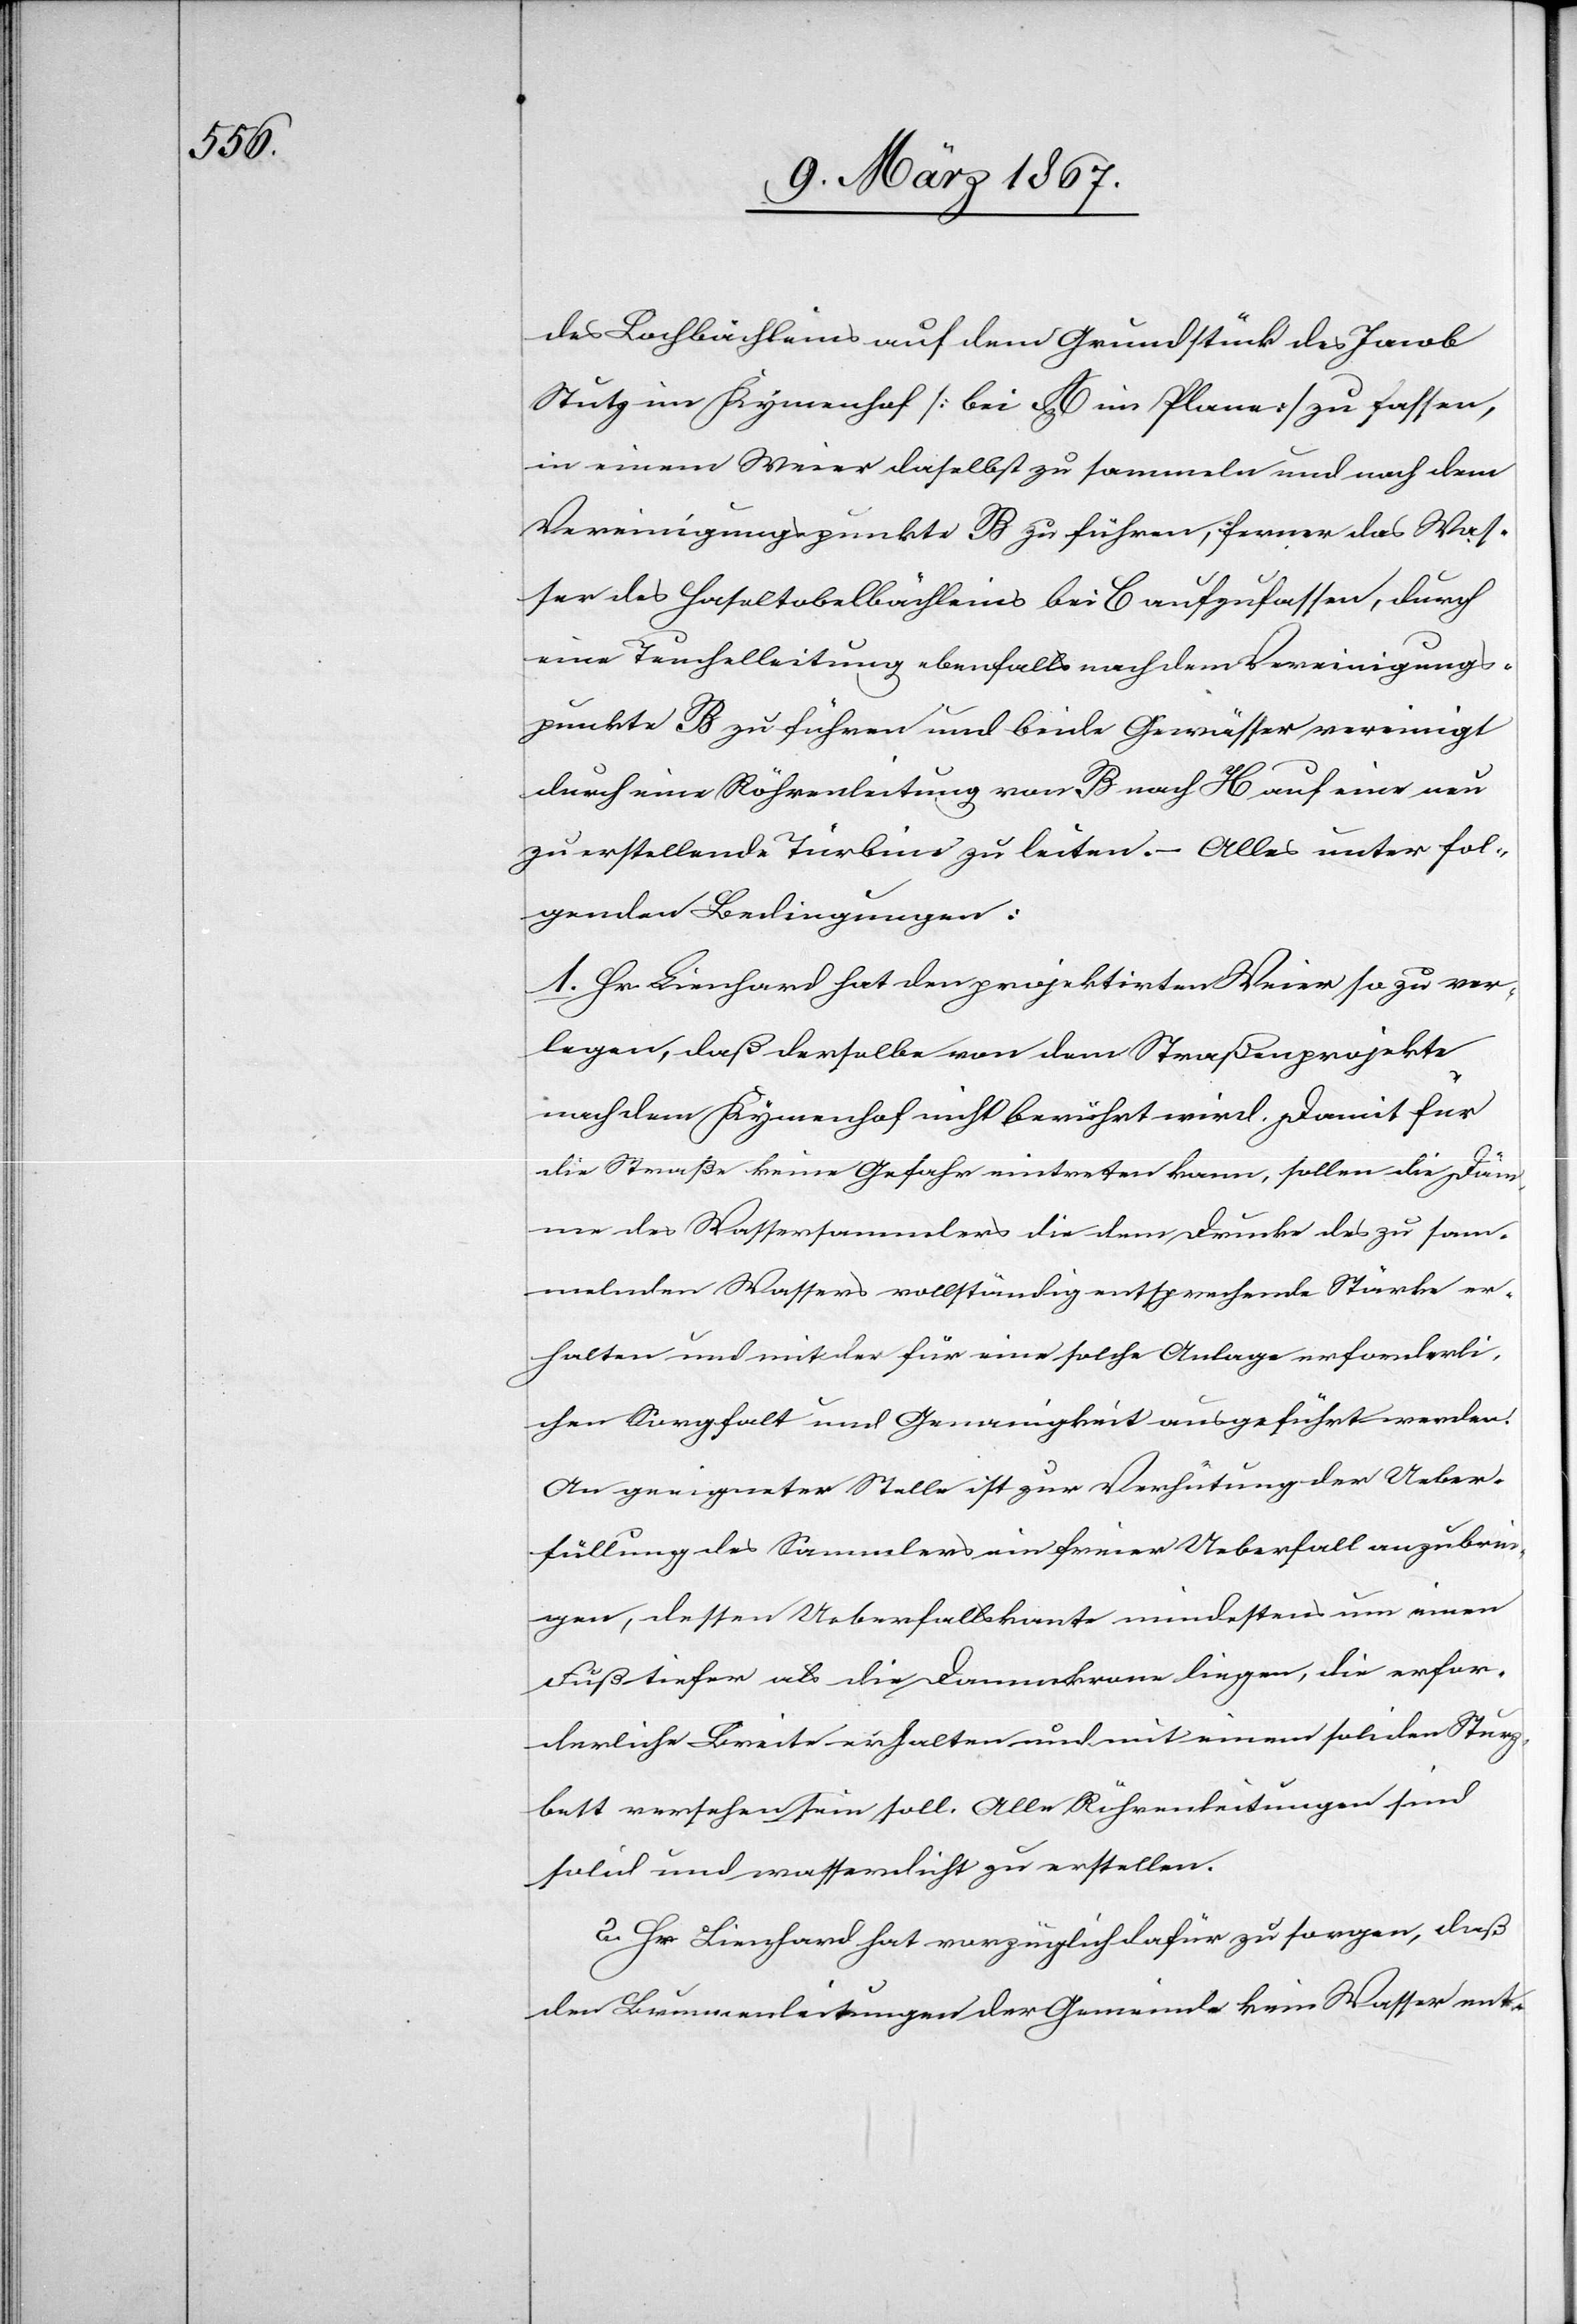
des Lochbächleins auf dem Grundstück des Jacob
Stutz im Kymenhof [bei A im Plane] zu fassen,
in einem Weier daselbst zu sammeln und nach dem
Vereinigungspunkte B zu führen; ferner das Was¬
ser des Haseltobelbächleins bei C aufzufassen, durch
eine Teuchelleitung ebenfalls nach dem Vereinigungs¬
punkte B zu führen und beide Gewässer vereinigt
durch eine Röhrenleitung von B nach H auf eine neu
zu erstellende Turbine zu leiten. – Alles unter fol¬
genden Bedingungen:
1. Hr. Lienhard hat den projektirten Weier so zu ver¬
legen, daß derselbe von dem Straßenprojekte
nach dem Kymenhof nicht berührt wird. Damit für
die Straße keine Gefahr eintreten kann, sollen die Däm¬
me des Wassersammlers die dem Drucke des zu sam¬
melnden Wassers vollständig entsprechende Stärke er¬
halten und mit der für eine solche Anlage erforderli¬
chen Sorgfalt und Genauigkeit ausgeführt werden.
An geeigneter Stelle ist zu Verhütung der Ueber¬
füllung des Sammlers ein freier Ueberfall anzubrin¬
gen, dessen Ueberfallskante mindestens um einen
Fuß tiefer als die Dammkrone liegen, die erfor¬
derliche Breite erhalten und mit einem soliden Sturz¬
bett versehen sein soll. Alle Röhrenleitungen sind
solid und wasserdicht zu erstellen.
2. Hr. Lienhard hat vorzüglich dafür zu sorgen, daß
den Brunnenleitungen der Gemeinde kein Wasser ent-